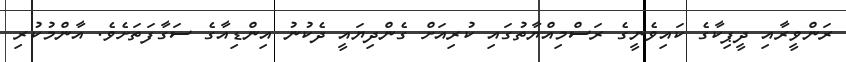
ރަންވީރާއި ދީޕިކާގެ ކައިވެނީގެ ރަސްމިއްޔާތުގައި ކުރިއަށް ގެންދިޔައީ ދެކުނު އިންޑިއާގެ ސަގާފަތަށެވެ. އާންމުކުރި